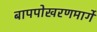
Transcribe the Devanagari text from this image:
बापपोखरणमार्गे